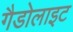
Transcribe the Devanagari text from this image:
गैडोलाइट